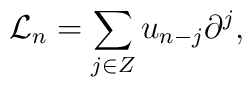
{\mathcal L}_{n}=\sum_{j\in Z}u_{n-j}\partial^{j},